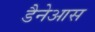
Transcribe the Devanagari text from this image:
डैनेआस